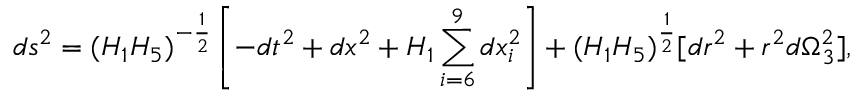
d s ^ { 2 } = ( H _ { 1 } H _ { 5 } ) ^ { - \frac { 1 } { 2 } } \left[ - d t ^ { 2 } + d x ^ { 2 } + H _ { 1 } \sum _ { i = 6 } ^ { 9 } d x _ { i } ^ { 2 } \right] + ( H _ { 1 } H _ { 5 } ) ^ { \frac { 1 } { 2 } } [ d r ^ { 2 } + r ^ { 2 } d \Omega _ { 3 } ^ { 2 } ] ,